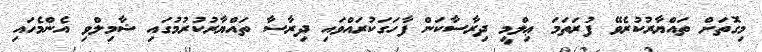
މިގޮތަށް ތައްޔާރުކުރެވޭ ފުރަތަމަ ޢިލްމީ ދިރާސާކަން ފާހަގަކުރައްވައި ދިރާސާ ތައްޔާރުކުރުމުގައި ޝާމިލްވި އެންމެހައި